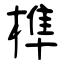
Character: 榫